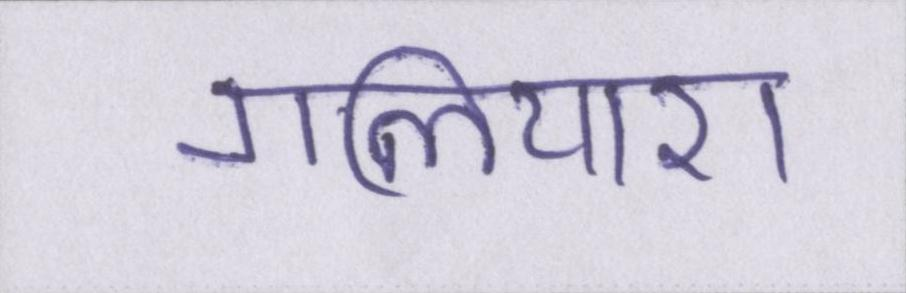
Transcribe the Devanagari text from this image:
गलियारा